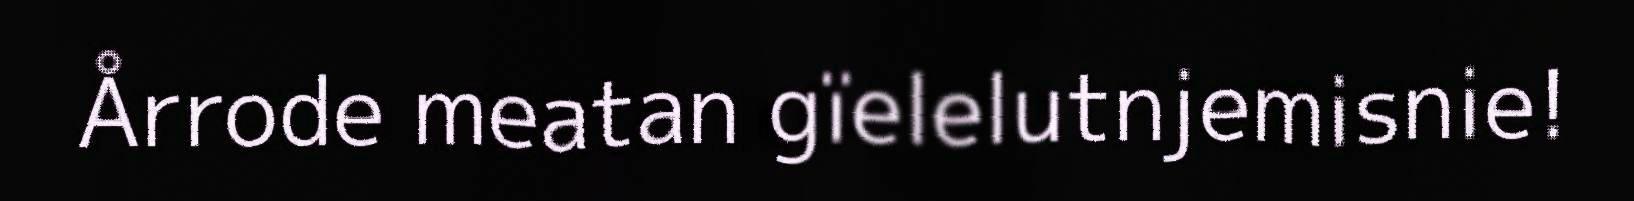
Årrode meatan gïelelutnjemisnie!